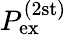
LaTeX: P_{\mathrm{ex}}^{(2\mathrm{st)}}